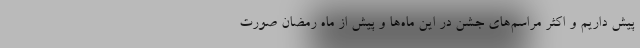
پیش داریم و اکثر مراسم‌های جشن در این ماه‌ها و پیش از ماه رمضان صورت